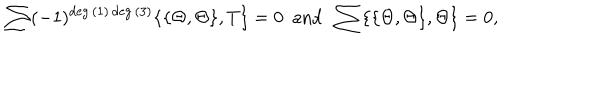
LaTeX: \sum ( - 1 ) ^ { \deg { ( 1 ) } \deg { ( 3 ) } } \{ \{ \Theta , \Theta \} , T \} = 0 ~ ~ \mathrm { a n d } ~ ~ \sum \{ \{ \Theta , \Theta \} , \Theta \} = 0 ,